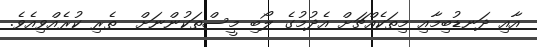
އާއި ދަނޑުބިމާއި މިތަކެއްޗަށް އެދުމުގެ ލޯބި މީސްތަކުންނަށް  ތެރި ކުރެއްވިއެވެ.